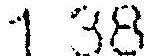
1.38